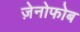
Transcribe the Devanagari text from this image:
ज़ेनोफोब